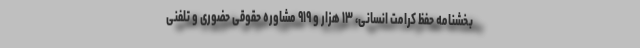
بخشنامه حفظ کرامت انسانی، ۱۳ هزار و ۹۱۹ مشاوره حقوقی حضوری و تلفنی